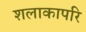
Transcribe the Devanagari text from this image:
शलाकापरि